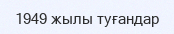
1949 жылы туғандар